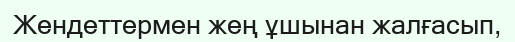
Жендеттермен жең ұшынан жалғасып,